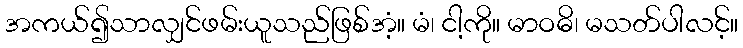
အကယ်၍သာလျှင်ဖမ်းယူသည်ဖြစ်အံ့။ မံ၊ ငါ့ကို။ မာဝဓိ၊ မသတ်ပါလင့်။